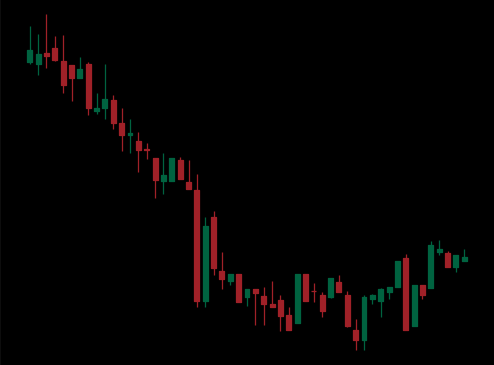
Pattern: bull_flag